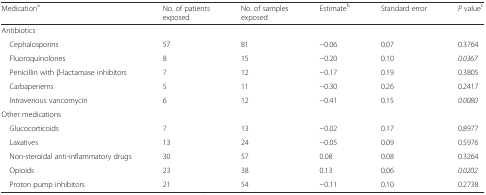
<table><thead><tr><td><b>Medication<sup>a</sup></b></td><td><b>No. of patients exposed</b></td><td><b>No. of samples exposed</b></td><td><b>Estimate<sup>b</sup></b></td><td><b>Standard error</b></td><td><b><i>P</i> value<sup>c</sup></b></td></tr></thead><tbody><tr><td>Antibiotics</td><td></td><td></td><td></td><td></td><td></td></tr><tr><td> Cephalosporins</td><td>57</td><td>81</td><td>−0.06</td><td>0.07</td><td>0.3764</td></tr><tr><td> Fluoroquinolones</td><td>8</td><td>15</td><td>−0.20</td><td>0.10</td><td><i>0.0367</i></td></tr><tr><td> Penicillin with β-lactamase inhibitors</td><td>7</td><td>12</td><td>−0.17</td><td>0.19</td><td>0.3805</td></tr><tr><td> Carbapenems</td><td>5</td><td>11</td><td>−0.30</td><td>0.26</td><td>0.2417</td></tr><tr><td> Intravenous vancomycin</td><td>6</td><td>12</td><td>−0.41</td><td>0.15</td><td><i>0.0080</i></td></tr><tr><td>Other medications</td><td></td><td></td><td></td><td></td><td></td></tr><tr><td> Glucocorticoids</td><td>7</td><td>13</td><td>−0.02</td><td>0.17</td><td>0.8977</td></tr><tr><td> Laxatives</td><td>13</td><td>24</td><td>−0.05</td><td>0.09</td><td>0.5976</td></tr><tr><td> Non-steroidal anti-inflammatory drugs</td><td>30</td><td>57</td><td>0.08</td><td>0.08</td><td>0.3264</td></tr><tr><td> Opioids</td><td>23</td><td>38</td><td>0.13</td><td>0.06</td><td><i>0.0202</i></td></tr><tr><td> Proton pump inhibitors</td><td>21</td><td>54</td><td>−0.11</td><td>0.10</td><td>0.2738</td></tr></tbody></table>